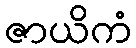
ဇာယိကံ